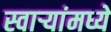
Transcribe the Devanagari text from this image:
स्वाऱ्यांमध्ये